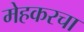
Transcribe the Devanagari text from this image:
मेहकरचा